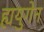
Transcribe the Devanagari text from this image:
ह्ययुगेन